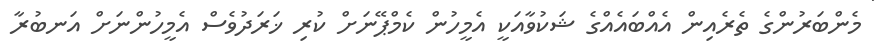
މެންބަރުންގެ ތެރެއިން އެއްބައެއްގެ ޝަކުވާއަކީ އެމީހުން ކެމްޕޭނަށް ކުރި ޚަރަދުވެސް އެމީހުންނަށް އަނބުރާ